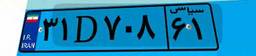
۳۱D۷۰۸۶۱